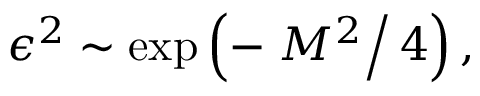
\epsilon ^ { 2 } \sim \exp \left( - \left. { M ^ { 2 } } \right/ 4 \right) ,